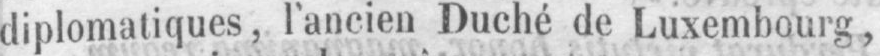
diplomatiques, l’ancien Duché de Luxembourg,